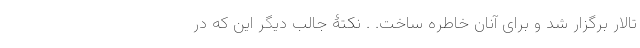
تالار برگزار شد و برای آنان خاطره ساخت. . نکتۀ جالب دیگر این که در